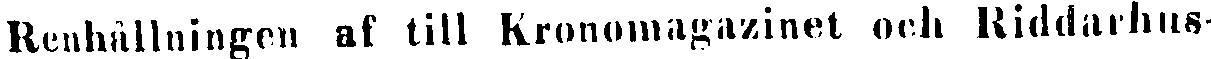
Renhållningen af till Kronomagazinet och Riddarhus-